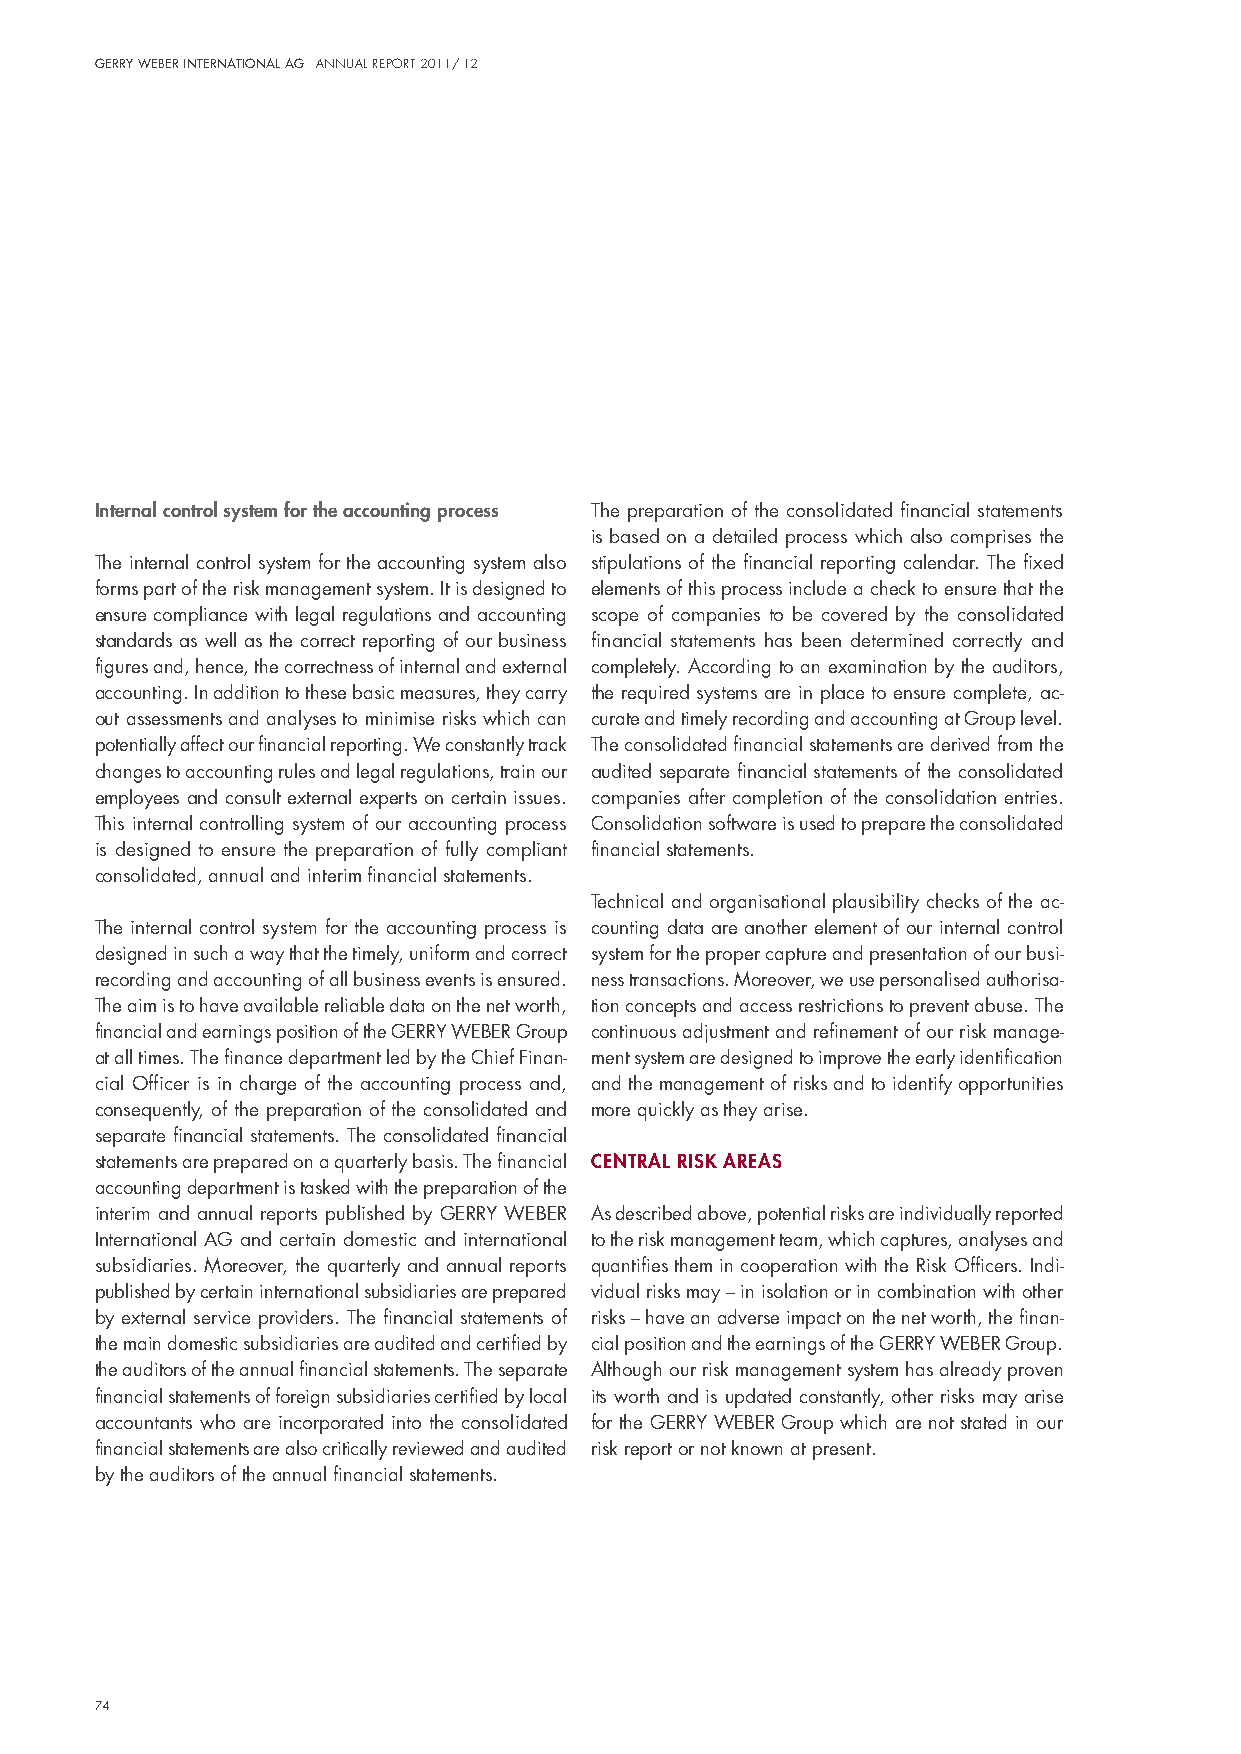
Gerry Weber InternatIonal aG annual report 2011/ 12
 Internal control system for the accounting process The preparation of the consolidated financial statements
 is based on a detailed process which also comprises the
 The internal control system for the accounting system also stipulations of the financial reporting calendar. The fixed
 forms part of the risk management system. it is designed to elements of this process include a check to ensure that the
 ensure compliance with legal regulations and accounting scope of companies to be covered by the consolidated
 standards as well as the correct reporting of our business financial statements has been determined correctly and
 figures and, hence, the correctness of internal and external completely. According to an examination by the auditors,
 accounting. in addition to these basic measures, they carry the required systems are in place to ensure complete, ac-
 out assessments and analyses to minimise risks which can curate and timely recording and accounting at Group level.
 potentially affect our financial reporting. We constantly track The consolidated financial statements are derived from the
 changes to accounting rules and legal regulations, train our audited separate financial statements of the consolidated
 employees and consult external experts on certain issues. companies after completion of the consolidation entries.
 This internal controlling system of our accounting process Consolidation software is used to prepare the consolidated
 is designed to ensure the preparation of fully compliant financial statements.
 consolidated, annual and interim financial statements.
 Technical and organisational plausibility checks of the ac-
 The internal control system for the accounting process is counting data are another element of our internal control
 designed in such a way that the timely, uniform and correct system for the proper capture and presentation of our busi-
 recording and accounting of all business events is ensured. ness transactions. moreover, we use personalised authorisa-
 The aim is to have available reliable data on the net worth, tion concepts and access restrictions to prevent abuse. The
 financial and earnings position of the GeRRY WeBeR Group continuous adjustment and refinement of our risk manage-
 at all times. The finance department led by the Chief Finan- ment system are designed to improve the early identification
 cial officer is in charge of the accounting process and, and the management of risks and to identify opportunities
 consequently, of the preparation of the consolidated and more quickly as they arise.
 separate financial statements. The consolidated financial
 statements are prepared on a quarterly basis. The financial central rIsk areas
 accounting department is tasked with the preparation of the
 interim and annual reports published by GeRRY WeBeR As described above, potential risks are individually reported
 international AG and certain domestic and international to the risk management team, which captures, analyses and
 subsidiaries. moreover, the quarterly and annual reports quantifies them in cooperation with the Risk officers. indi-
 published by certain international subsidiaries are prepared vidual risks may – in isolation or in combination with other
 by external service providers. The financial statements of risks – have an adverse impact on the net worth, the finan-
 the main domestic subsidiaries are audited and certified by cial position and the earnings of the GeRRY WeBeR Group.
 the auditors of the annual financial statements. The separate Although our risk management system has already proven
 financial statements of foreign subsidiaries certified by local its worth and is updated constantly, other risks may arise
 accountants who are incorporated into the consolidated for the GeRRY WeBeR Group which are not stated in our
 financial statements are also critically reviewed and audited risk report or not known at present.
 by the auditors of the annual financial statements.
 74